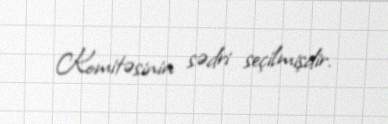
Komitəsinin sədri seçilmişdir.